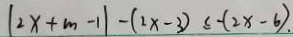
( 2 x + m - 1 ) - ( 2 x - 3 ) \leq - ( 2 x - 6 ) .